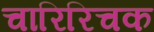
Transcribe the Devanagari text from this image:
चारिरिचक